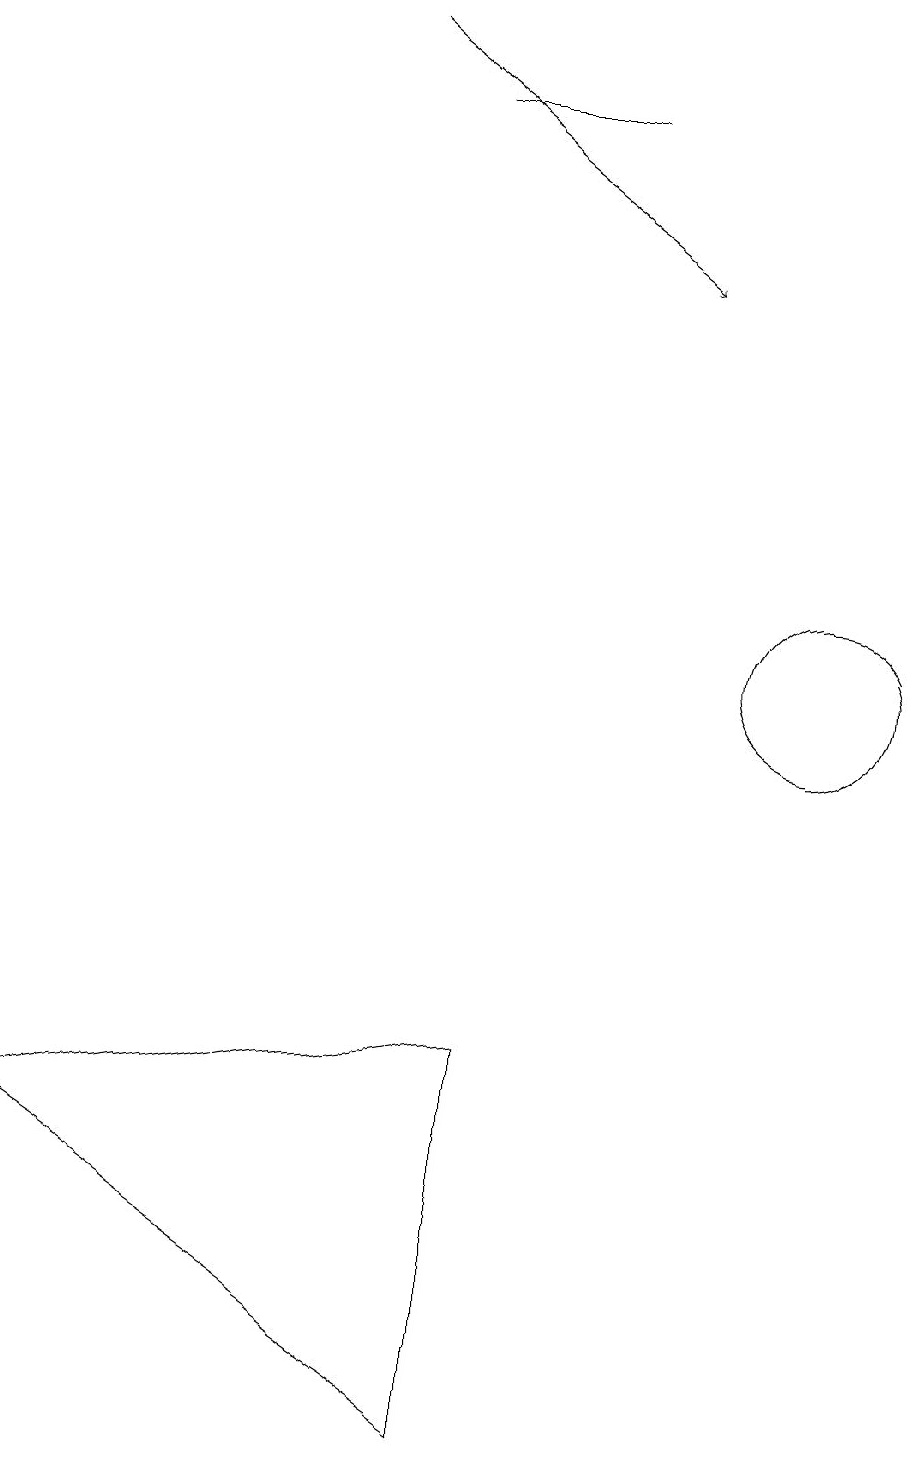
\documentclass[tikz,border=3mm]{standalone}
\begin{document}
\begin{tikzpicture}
\draw[->] (4,18) -- (8,15);
\draw (10,10) circle (1);
\draw (7,17) rectangle (5,17);
\draw (6,5) -- (0,4) -- (6,0) -- cycle;
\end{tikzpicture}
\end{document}